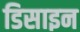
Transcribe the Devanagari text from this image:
डिसाइन